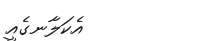
އެކަލާނގެއީ